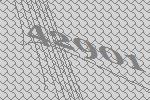
42901